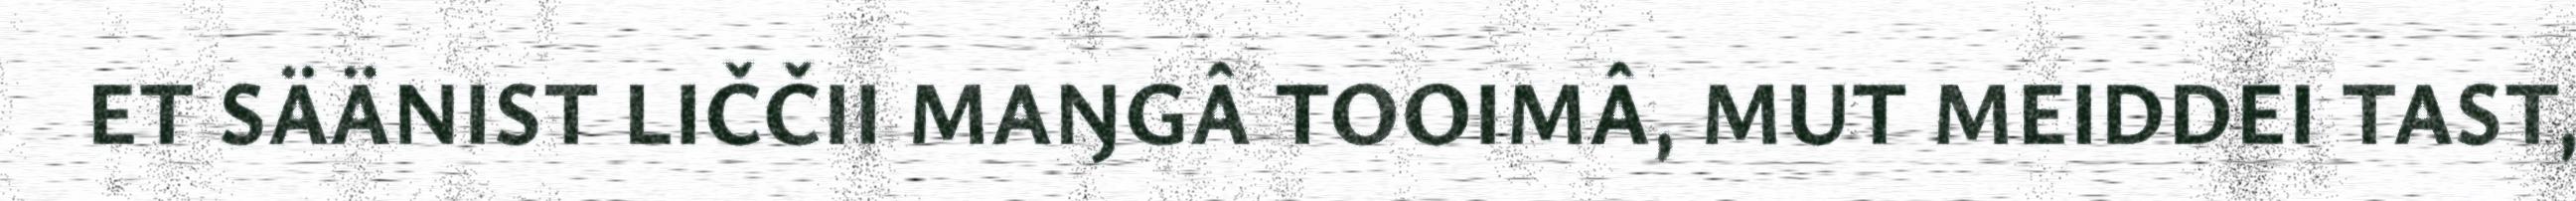
ET SÄÄNIST LIČČII MAŊGÂ TOOIMÂ, MUT MEIDDEI TAST,